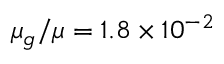
\mu _ { g } / \mu = 1 . 8 \times 1 0 ^ { - 2 }